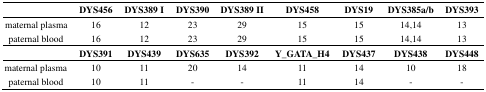
<table><thead><tr><td></td><td><b>DYS456</b></td><td><b>DYS389 I</b></td><td><b>DYS390</b></td><td><b>DYS389 II</b></td><td><b>DYS458</b></td><td><b>DYS19</b></td><td><b>DYS385a/b</b></td><td><b>DYS393</b></td></tr></thead><tbody><tr><td>maternal plasma</td><td>16</td><td>12</td><td>23</td><td>29</td><td>15</td><td>15</td><td>14,14</td><td>13</td></tr><tr><td>paternal blood</td><td>16</td><td>12</td><td>23</td><td>29</td><td>15</td><td>15</td><td>14,14</td><td>13</td></tr><tr><td></td><td><b>DYS391</b></td><td><b>DYS439</b></td><td><b>DYS635</b></td><td><b>DYS392</b></td><td><b>Y_GATA_H4</b></td><td><b>DYS437</b></td><td><b>DYS438</b></td><td><b>DYS448</b></td></tr><tr><td>maternal plasma</td><td>10</td><td>11</td><td>20</td><td>14</td><td>11</td><td>14</td><td>10</td><td>18</td></tr><tr><td>paternal blood</td><td>10</td><td>11</td><td>-</td><td>-</td><td>11</td><td>14</td><td>-</td><td>-</td></tr></tbody></table>